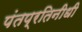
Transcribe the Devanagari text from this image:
पंतप्रतिनीधी